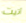
أتيت